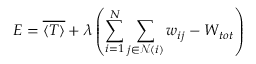
E = \overline { { \langle T \rangle } } + \lambda \left( \sum _ { i = 1 } ^ { N } \sum _ { j \in \mathcal { N } ( i ) } w _ { i j } - W _ { t o t } \right)